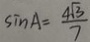
\sin A = \frac { 4 \sqrt { 3 } } { 7 }